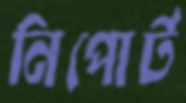
নিপোর্ট